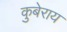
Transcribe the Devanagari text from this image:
कुबेराय